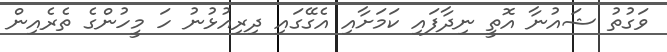
ވަގުތު ޝައުނާ އޮތީ ނިދާފައި ކަމަށާއި އެގޭގައި ދިރިއުޅުނު ހަ މީހުންގެ ތެރެއިން